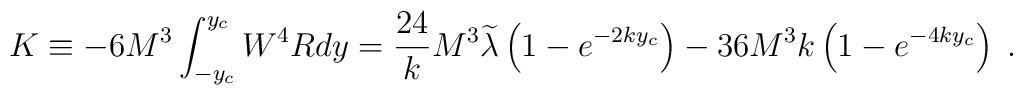
K\equiv -6M^3\int_{-y_c}^{y_c}W^4Rdy=\frac{24}kM^3\widetilde{\lambda }\left(1-e^{-2ky_c}\right) -36M^3k\left( 1-e^{-4ky_c}\right) \;.